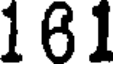
161